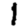
Digit: 1